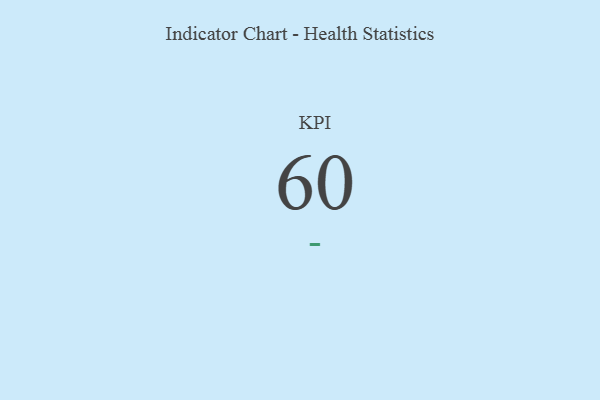
{"axis": {"x": "KPI", "y": "Value"}, "legend": [""], "data": [{"x": "KPI", "y": 60, "type": ""}]}